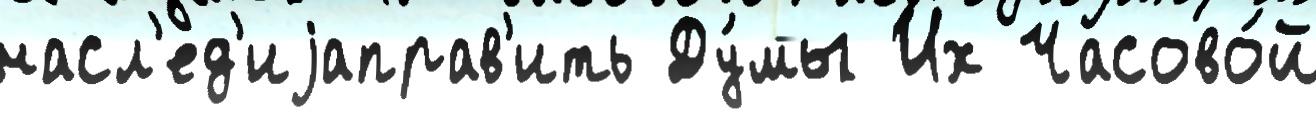
насл'ед'иjаправ'ить Ду́мы Их Часово́й